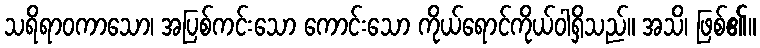
သရိရာဝကာသော၊ အပြစ်ကင်းသော ကောင်းသော ကိုယ်ရောင်ကိုယ်ဝါရှိသည်။ အသိ၊ ဖြစ်၏။